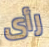
رأى